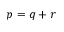
p = q + r